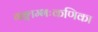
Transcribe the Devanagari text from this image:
गङ्गाम्भःकणिका